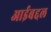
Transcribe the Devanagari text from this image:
आईबद्दल